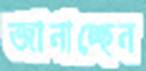
জানাচ্ছেন